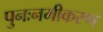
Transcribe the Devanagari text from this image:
पुनःनमीकरण